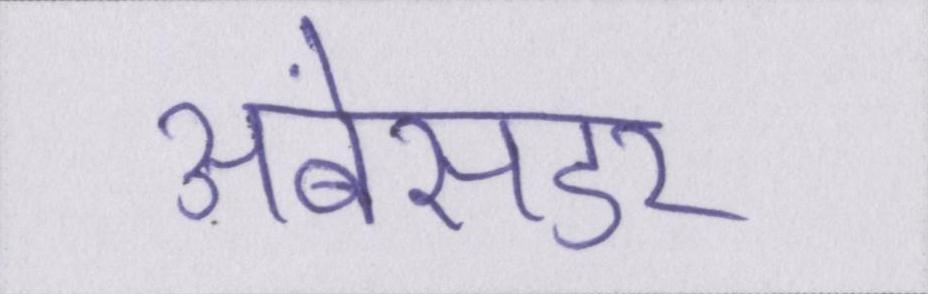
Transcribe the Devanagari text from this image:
अंबेसडर